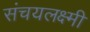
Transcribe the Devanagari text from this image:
संचयलक्ष्मी